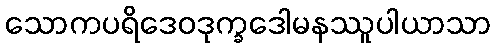
သောကပရိဒေဝဒုက္ခဒေါမနဿူပါယာသာ